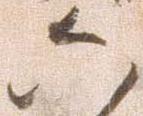
六